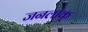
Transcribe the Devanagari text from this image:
जनलोक्